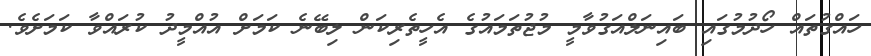
ހައްގުތައް ހޯދުމުގައި ބައިނަލްއަގުވާމީ މުޖުތަމައުގެ އެހީތެރިކަން ލިބޭނެ ކަމަށް އުއްމީދު ކުރައްވާ ކަމަށެވެ.